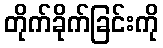
တိုက်ခိုက်ခြင်းကို